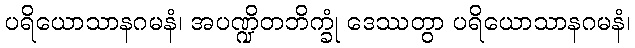
ပရိယောသာနဂမနံ၊ အပဏ္ဍိတဘိက္ခုံ ဒေဿတွာ ပရိယောသာနဂမနံ၊